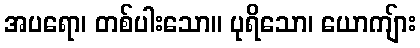
အပရော၊ တစ်ပါးသော။ ပုရိသော၊ ယောကျ်ား